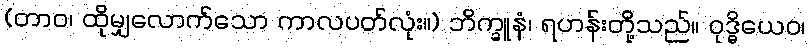
(တာဝ၊ ထိုမျှလောက်သော ကာလပတ်လုံး။) ဘိက္ခူနံ၊ ရဟန်းတို့သည်။ ဝုဒ္ဓိယေဝ၊